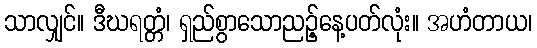
သာလျှင်။ ဒီဃရတ္တံ၊ ရှည်စွာသောညဉ့်နေ့ပတ်လုံး။ အဟံတာယ၊